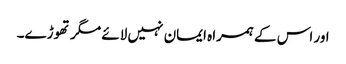
اور اس کے ہمراہ ایمان نہیں لائے مگر تھوڑے۔